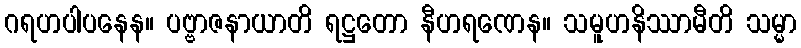
ဂရဟပါပနေန။ ပဗ္ဗာဇနာယာတိ ရဋ္ဌတော နီဟရဏေန။ သမူဟနိဿာမီတိ သမ္မာ